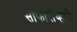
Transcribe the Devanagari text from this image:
साफारोव्हाने